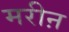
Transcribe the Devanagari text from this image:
मरीऩ